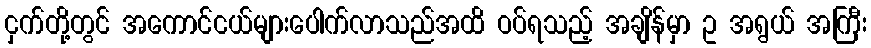
ငှက်တို့တွင် အကောင်ငယ်များပေါက်လာသည်အထိ ဝပ်ရသည့် အချိန်မှာ ဥ အရွယ် အကြီး